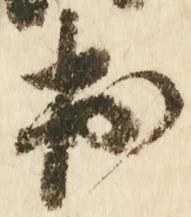
出